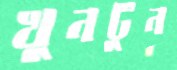
খুনটুন